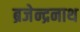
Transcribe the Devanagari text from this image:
ब्रजेन्द्रनाथ